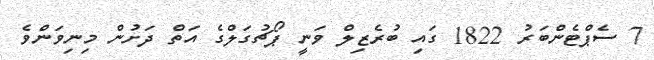
7 ސެޕްޓެންބަރު 1822 ގައި ބުރެޒިލް ވަނީ ޕޯޗުގަލްގެ އަތް ދަށުުން މިނިވަންވެ